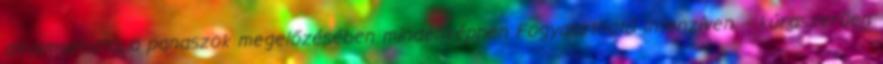
alkalmazható, a panaszok megelőzésében mindenképpen Fogyasztható intenzíven – kúraszerűen